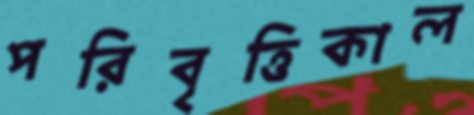
পরিবৃত্তিকাল